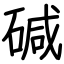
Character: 碱